Annual statistical returns and brief notes on vaccination in Bengal - 1887-1898
Year: 1887
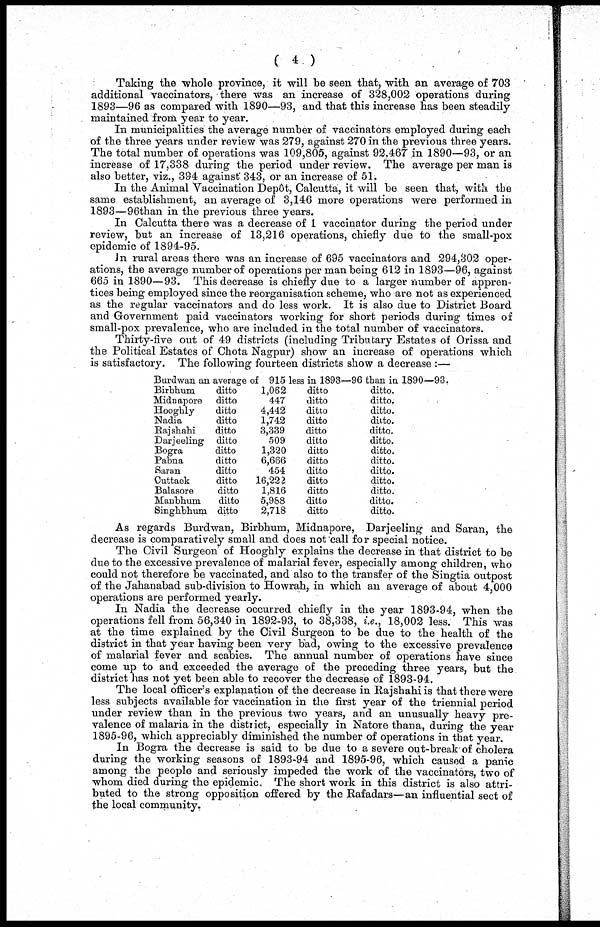
( 4 )
Taking the whole province, it will be seen that, with an average of 703
additional vaccinators, there was an increase of 328,002 operations during
1893—96 as compared with 1890—93, and that this increase has been steadily-
maintained from year to year.
In municipalities the average number of vaccinators employed during each
of the three years under review was 279, against 270 in the previous three years.
The total number of operations was 109,805, against 92,467 in 1890—93, or an
increase of 17,338 during the period under review. The average per man is
also better, viz., 394 against 343, or an increase of 51.
In the Animal Vaccination Depôt, Calcutta, it will be seen that, with the
same establishment, an average of 3,146 more operations were performed in
1893—96 than in the previous three years.
In Calcutta there was a decrease of 1 vaccinator during the period under
review, but an increase of 13,216 operations, chiefly due to the small-pox
epidemic of 1894-95.
In rural areas there was an increase of 695 vaccinators and 294,302 oper-
ations, the average number of operations per man being 612 in 1893—96, against
665 in 1890—93. This decrease is chiefly due to a larger number of appren-
tices being employed since the reorganisation scheme, who are not as experienced
as the regular vaccinators and do less work. It is also due to District Board
and Government paid vaccinators working for short periods during times of
small-pox prevalence, who are included in the total number of vaccinators.
Thirty-five out of 49 districts (including Tributary Estates of Orissa and
the Political Estates of Chota Nagpur) show an increase of operations which
is satisfactory. The following fourteen districts show a decrease :—
Burdwan an average of 915 less in 1893—96 than in 1890—93.
Birbhum
Midnapore
Hooghly
Nadia
Rajshahi
Darjeeling
Bogra
Pabna
Saran
Cuttack
Balasore
Manbhum
Singhbhum
ditto
ditto
ditto
ditto
ditto
ditto
ditto
ditto
ditto
ditto
ditto
ditto
ditto
1,062
447
4,442
1,742
3,339
509
1,320
6,666
454
16,222
1,816
5,988
2,718
ditto
ditto
ditto
ditto
ditto
ditto
ditto
ditto
ditto
ditto
ditto
ditto
ditto
ditto.
ditto.
ditto.
ditto.
ditto.
ditto.
ditto.
ditto.
ditto.
ditto.
ditto.
ditto.
ditto.
As regards Burdwan, Birbhum, Midnapore, Darjeeling and Saran, the
decrease is comparatively small and does not call for special notice.
The Civil Surgeon of Hooghly explains the decrease in that district to be
due to the excessive prevalence of malarial fever, especially among children, who
could not therefore be vaccinated, and also to the transfer of the Singtia outpost
of the Jahanabad sub-division to Howrah, in which an average of about 4,000
operations are performed yearly.
In Nadia the decrease occurred chiefly in the year 1893-94, when the
operations fell from 56,340 in 1892-93, to 38,338, i.e., 18,002 less. This was
at the time explained by the Civil Surgeon to be due to the health of the
district in that year having been very bad, owing to the excessive prevalence
of malarial fever and scabies. The annual number of operations have since
come up to and exceeded the average of the preceding three years, but the
district has not yet been able to recover the decrease of 1893-94.
The local officer's explanation of the decrease in Rajshahi is that there were
less subjects available for vaccination in the first year of the triennial period
under review than in the previous two years, and an unusually heavy pre-
valence of malaria in the district, especially in Natore thana, during the year
1895-96, which appreciably diminished the number of operations in that year.
In Bogra the decrease is said to be due to a severe out-break of cholera
during the working seasons of 1893-94 and 1895-96, which caused a panic
among the people and seriously impeded the work of the vaccinators, two of
whom died during the epidemic. The short work in this district is also attri-
buted to the strong opposition offered by the Rafadars—an influential sect of
the local community.